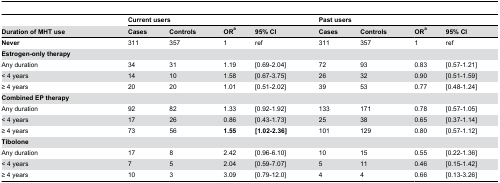
<table><thead><tr><td></td><td colspan="4"><b>Current users</b></td><td colspan="4"><b>Past users</b></td></tr><tr><td><b>Duration of MHT use</b></td><td><b>Cases</b></td><td><b>Controls</b></td><td><b>OR<sup>a</sup></b></td><td><b>95% CI</b></td><td><b>Cases</b></td><td><b>Controls</b></td><td><b>OR<sup>a</sup></b></td><td><b>95% CI</b></td></tr></thead><tbody><tr><td><b>Never</b></td><td>311</td><td>357</td><td>1</td><td>ref</td><td>311</td><td>357</td><td>1</td><td>ref</td></tr><tr><td><b>Estrogen-only therapy</b></td><td></td><td></td><td></td><td></td><td></td><td></td><td></td><td></td></tr><tr><td>Any duration</td><td>34</td><td>31</td><td>1.19</td><td>[0.69-2.04]</td><td>72</td><td>93</td><td>0.83</td><td>[0.57-1.21]</td></tr><tr><td>&lt; 4 years</td><td>14</td><td>10</td><td>1.58</td><td>[0.67-3.75]</td><td>26</td><td>32</td><td>0.90</td><td>[0.51-1.59]</td></tr><tr><td>≥ 4 years</td><td>20</td><td>20</td><td>1.01</td><td>[0.51-2.02]</td><td>39</td><td>53</td><td>0.77</td><td>[0.48-1.24]</td></tr><tr><td><b>Combined EP therapy</b></td><td></td><td></td><td></td><td></td><td></td><td></td><td></td><td></td></tr><tr><td>Any duration</td><td>92</td><td>82</td><td>1.33</td><td>[0.92-1.92]</td><td>133</td><td>171</td><td>0.78</td><td>[0.57-1.05]</td></tr><tr><td>&lt; 4 years</td><td>17</td><td>26</td><td>0.86</td><td>[0.43-1.73]</td><td>25</td><td>38</td><td>0.65</td><td>[0.37-1.14]</td></tr><tr><td>≥ 4 years</td><td>73</td><td>56</td><td><b>1.55</b></td><td><b>[1.02-2.36]</b></td><td>101</td><td>129</td><td>0.80</td><td>[0.57-1.12]</td></tr><tr><td><b>Tibolone</b></td><td></td><td></td><td></td><td></td><td></td><td></td><td></td><td></td></tr><tr><td>Any duration</td><td>17</td><td>8</td><td>2.42</td><td>[0.96-6.10]</td><td>10</td><td>15</td><td>0.55</td><td>[0.22-1.36]</td></tr><tr><td>&lt; 4 years</td><td>7</td><td>5</td><td>2.04</td><td>[0.59-7.07]</td><td>5</td><td>11</td><td>0.46</td><td>[0.15-1.42]</td></tr><tr><td>≥ 4 years</td><td>10</td><td>3</td><td>3.09</td><td>[0.79-12.0]</td><td>4</td><td>4</td><td>0.66</td><td>[0.13-3.26]</td></tr></tbody></table>